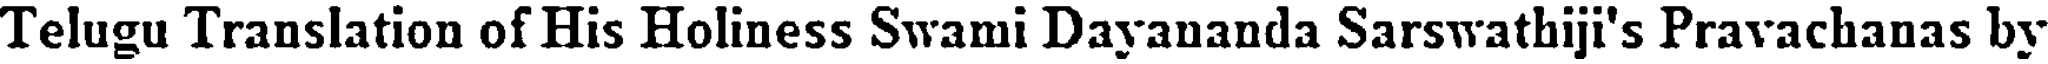
Telugu Translation of His Holiness Swami Dayananda Sarswathiji's Pravachanas by